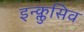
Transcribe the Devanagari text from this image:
इन्क्लुसिव